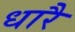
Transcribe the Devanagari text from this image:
धारै